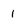
Character: 1